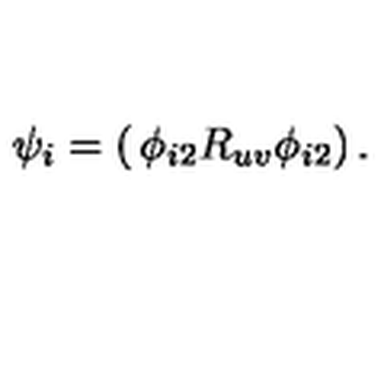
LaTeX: \psi _ { i } = \left( \begin{matrix} { \phi _ { i 2 } } \\ { R _ { u v } \phi _ { i 2 } } \\ \end{matrix} \right) .